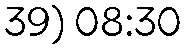
39) 08:30